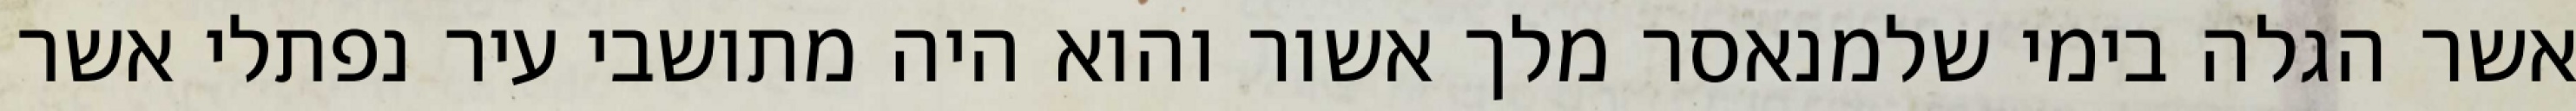
אשר הגלה בימי שלמנאסר מלך אשור והוא היה מתושבי עיר נפתלי אשר